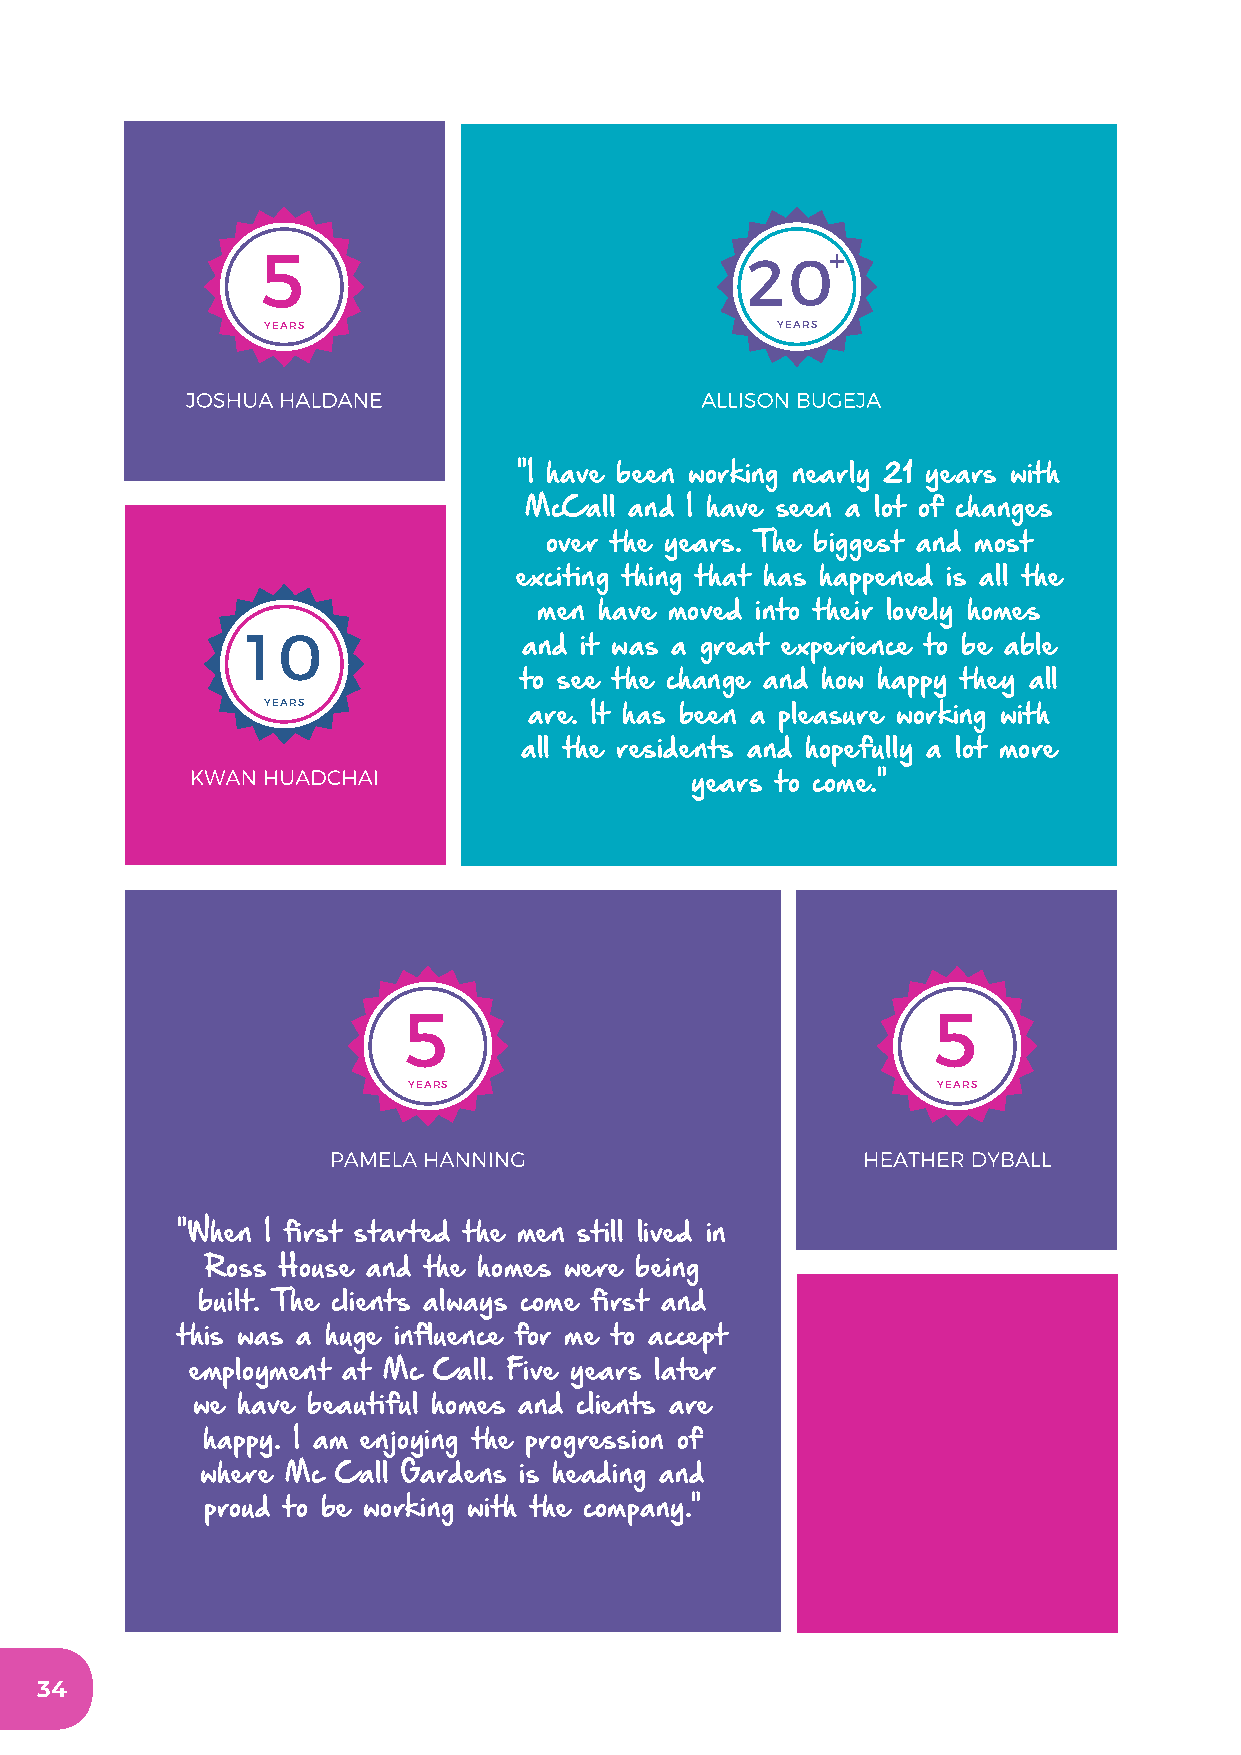
5                                     +
 20
 YEARS                            YEARS
 JOSHUA HALDANE                    ALLISON BUGEJA
 "I have been working nearly 21 years with
 McCall and I have seen a lot of changes
 over the years. The biggest and most
 exciting thing that has happened is all the
 men have moved into their lovely homes
 1 0
 and it was a great experience to be able
 to see the change and how happy they all
 YEARS            are. It has been a pleasure working with
 all the residents and hopefully a lot more
 KWAN HUADCHAI
 years to come."
 5                                  5
 YEARS                              YEARS
 PAMELA HANNING                     HEATHER DYBALL
 "When I first started the men still lived in
 Ross House and the homes were being
 built. The clients always come first and
 this was a huge influence for me to accept
 employment at Mc Call. Five years later
 we have beautiful homes and clients are
 happy. I am enjoying the progression of
 where Mc Call Gardens is heading and
 proud to be working with the company."
 34